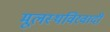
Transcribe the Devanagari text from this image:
मूलस्थविरवादी